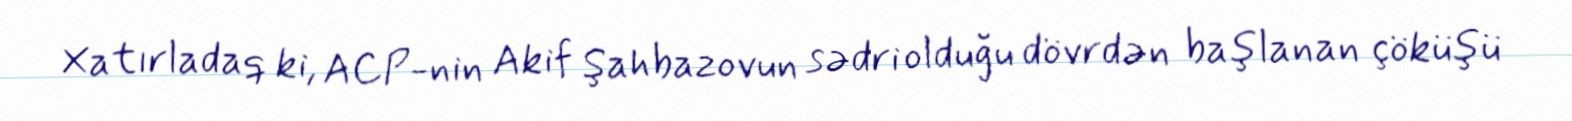
Xatırladaq ki, ACP-nin Akif Şahbazovun sədri olduğu dövrdən başlanan çöküşü